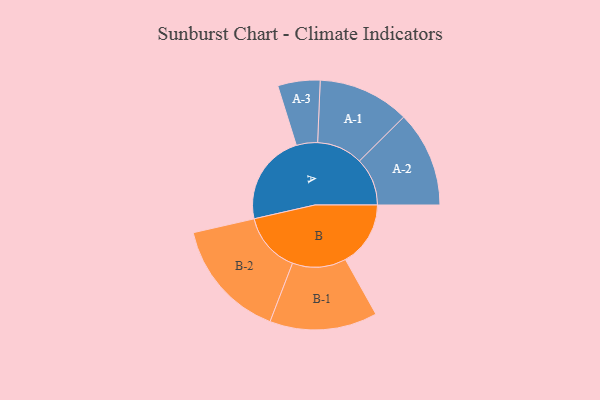
{"axis": {"x": "Segment", "y": "Value"}, "legend": ["", "A", "B"], "data": [{"x": "A", "y": 437, "type": ""}, {"x": "B", "y": 311, "type": ""}, {"x": "A-1", "y": 219, "type": "A"}, {"x": "A-2", "y": 229, "type": "A"}, {"x": "A-3", "y": 101, "type": "A"}, {"x": "B-1", "y": 257, "type": "B"}, {"x": "B-2", "y": 287, "type": "B"}]}